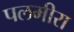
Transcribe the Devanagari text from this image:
पलमीरा